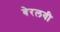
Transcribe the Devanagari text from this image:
बेरलवी